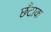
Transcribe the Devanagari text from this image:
छँटाक